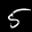
Label: 5